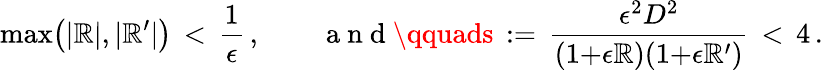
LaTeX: \operatorname*{max}\bigl(|\mathbb{R}|,|\mathbb{R}^{\prime}|\bigr)\, <\, \frac{{1}}{{\epsilon}}\, ,\qquad\mathrm{{~a~n~d~}}\qquads\, :=\, \frac{{\epsilon^{2}D^{2}}}{{(1{+}\epsilon\mathbb{R})(1{+}\epsilon\mathbb{R}^{\prime})}}\, <\, 4\, .